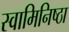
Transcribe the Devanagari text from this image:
स्वामिनिष्ठा